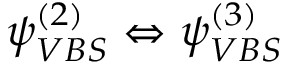
\psi _ { V B S } ^ { ( 2 ) } \Leftrightarrow \psi _ { V B S } ^ { ( 3 ) }